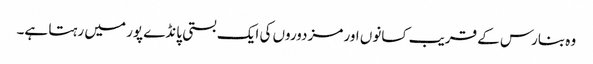
وہ بنارس کے قریب کسانوں اور مزدوروں کی ایک بستی پانڈے پور میں رہتا ہے۔